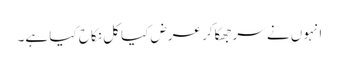
انہوں نے سرجھکاکر عرض کیا کل نکاح کیا ہے۔